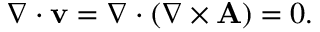
\nabla \cdot \mathbf { v } = \nabla \cdot ( \nabla \times \mathbf { A } ) = 0 .